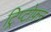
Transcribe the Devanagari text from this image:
ट्रिप्टोफ़न